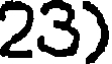
23)